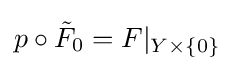
p\circ {\tilde {F}}_{0}=F|_{Y\times \{0\}}